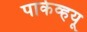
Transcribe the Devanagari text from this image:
पार्कव्हयू